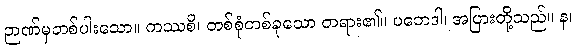
ဉာဏ်မှတစ်ပါးသော။ ကဿစိ၊ တစ်စုံတစ်ခုသော တရား၏။ ပဘေဒါ၊ အပြားတို့သည်။ န၊